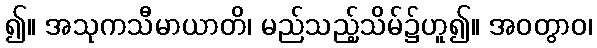
၍။ အသုကသီမာယာတိ၊ မည်သည့်သိမ်၌ဟူ၍။ အဝတွာဝ၊